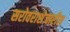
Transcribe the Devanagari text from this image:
सरोवराशेजारील